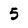
Character: 5